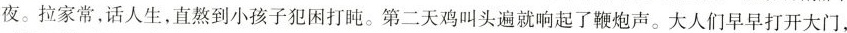
夜。拉家常，话人生，直熬到小孩子犯困打盹。第二天鸡叫头遍就响起了鞭炮声。大人们早早打开大门